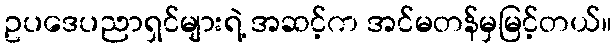
ဥပဒေပညာရှင်များရဲ့ အဆင့်က အင်မတန်မှမြင့်တယ်။